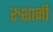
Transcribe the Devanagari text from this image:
रुशानी